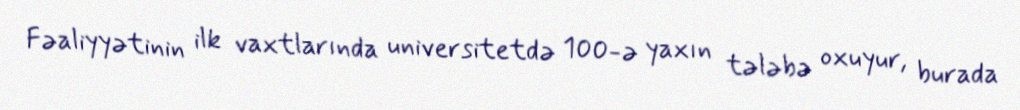
Fəaliyyətinin ilk vaxtlarında universitetdə 100-ə yaxın tələbə oxuyur, burada